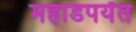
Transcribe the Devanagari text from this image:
महाडपर्यंत